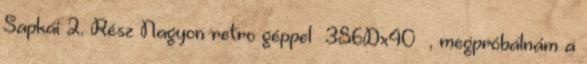
Sapkái 2. Rész Nagyon retro géppel 386Dx40 , megpróbálnám a